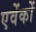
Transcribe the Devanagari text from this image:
एवेंकों